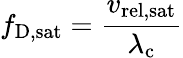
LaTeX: f_{\mathrm{{D,sat}}}={\frac{v_{\mathrm{{rel,sat}}}}{\lambda_{\mathrm{{c}}}}}